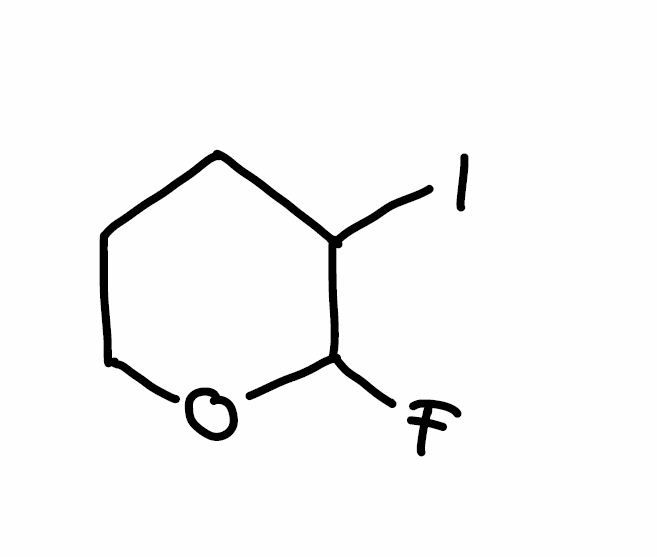
Simplified molecular-input line-entry system (SMILES) notation of the given molecule:
C1CC(C(OC1)F)I